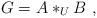
LaTeX: \begin{align*}G = A *_U B\ ,\end{align*}